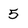
Character: 5